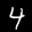
Label: 4